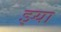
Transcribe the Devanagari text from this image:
झ्या